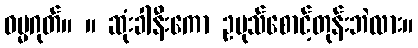
ဓမ္မဂုတ်။ ။ ဆုံးခါနီးကော ဥပုသ်စောင့်တုန်းဘဲလား။